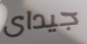
جيداى